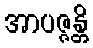
အာပဇ္ဇန္တိ